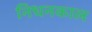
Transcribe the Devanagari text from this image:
निधनकाल